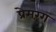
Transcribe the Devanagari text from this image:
प्रेमरंग